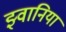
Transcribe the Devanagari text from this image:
झ्वानिया